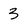
Character: 3